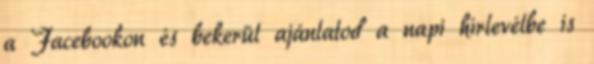
a Facebookon és bekerül ajánlatod a napi hírlevélbe is